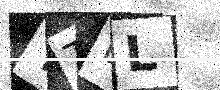
Text: YTBL